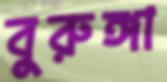
বুরুঙ্গা